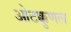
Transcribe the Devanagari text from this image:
ओटक्कुणल